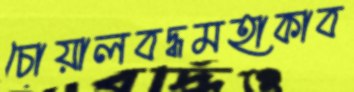
চোয়ালবদ্ধমহাকাব